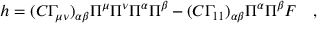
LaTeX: h = ( C \Gamma _ { \mu \nu } ) _ { \alpha \beta } \Pi ^ { \mu } \Pi ^ { \nu } \Pi ^ { \alpha } \Pi ^ { \beta } - ( C \Gamma _ { 1 1 } ) _ { \alpha \beta } \Pi ^ { \alpha } \Pi ^ { \beta } { \cal F } \quad ,